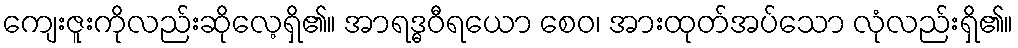
ကျေးဇူးကိုလည်းဆိုလေ့ရှိ၏။ အာရဒ္ဓဝီရယော စေဝ၊ အားထုတ်အပ်သော လုံလည်းရှိ၏။